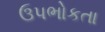
ઉપભોકતા